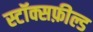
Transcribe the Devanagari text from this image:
स्टॉक्सफ़ील्ड